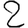
Digit: 2